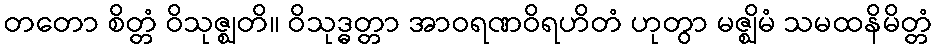
တတော စိတ္တံ ဝိသုဇ္ဈတိ။ ဝိသုဒ္ဓတ္တာ အာဝရဏဝိရဟိတံ ဟုတွာ မဇ္ဈိမံ သမထနိမိတ္တံ